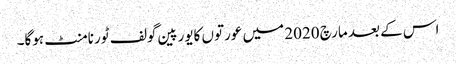
اس کے بعد مارچ 2020 میں عورتوں کایورپین گولف ٹورنامنٹ ہوگا۔